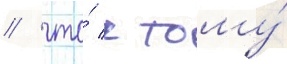
/ что́ к тому́